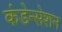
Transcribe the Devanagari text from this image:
कंडेन्सेशन